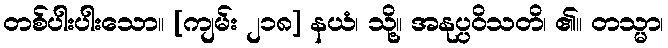
တစ်ပါးပါးသော။ [ကျမ်း ၂၁၈] နယံ၊ သို့။ အနုပ္ပဝိသတိ၊ ၏။ တသ္မာ၊